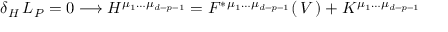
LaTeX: \delta _ { H } \, L _ { P } = 0 \longrightarrow H ^ { \mu _ { 1 } \dots \mu _ { d - p - 1 } } = F ^ { * } { } ^ { \mu _ { 1 } \dots \mu _ { d - p - 1 } } ( \, V \, ) + K ^ { \mu _ { 1 } \dots \mu _ { d - p - 1 } }